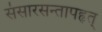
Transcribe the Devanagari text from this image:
संसारसन्तापहृत्